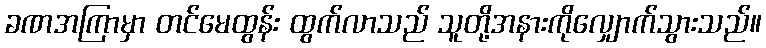
ခဏအကြာမှာ တင်မေထွန်း ထွက်လာသည် သူတို့အနားကိုလျှောက်သွားသည်။